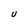
Character: U